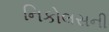
નિકોલસની